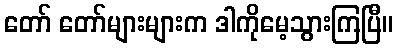
တော် တော်များများက ဒါကိုမေ့သွားကြပြီ။